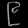
Digit: ၉